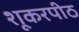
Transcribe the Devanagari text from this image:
शूकरपीठ